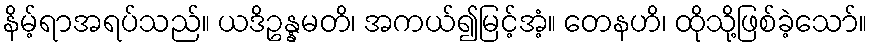
နိမ့်ရာအရပ်သည်။ ယဒိဥန္နမတိ၊ အကယ်၍မြင့်အံ့။ တေနဟိ၊ ထိုသို့ဖြစ်ခဲ့သော်။